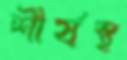
শীর্ষস্থ